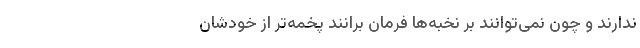
ندارند و چون نمی‌توانند بر نخبه‌ها فرمان برانند پخمه‌تر از خودشان